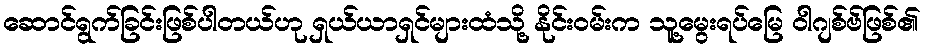
ဆောင်ရွက်ခြင်းဖြစ်ပါတယ်ဟု ရှယ်ယာရှင်များထံသို့ နိုင်းဝမ်းက သူ့မွေးရပ်မြေ ဝါဂျစ်ဗ်ဖြစ်၏